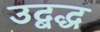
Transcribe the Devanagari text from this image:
उद्बद्ध